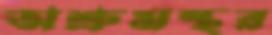
অশ্রুমন্থর